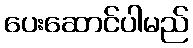
ပေးဆောင်ပါမည်